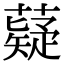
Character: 薿